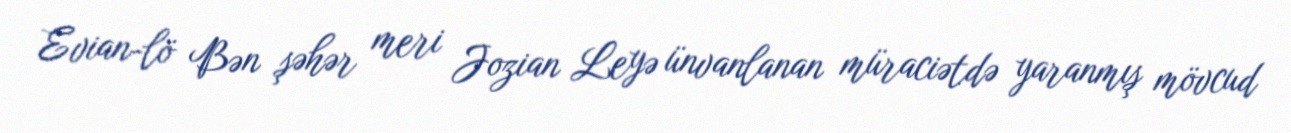
Evian-lö Bən şəhər meri Jozian Leyə ünvanlanan müraciətdə yaranmış mövcud